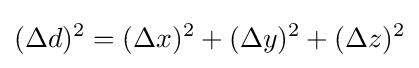
(\Delta {d})^{2}=(\Delta {x})^{2}+(\Delta {y})^{2}+(\Delta {z})^{2}